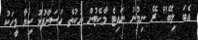
އެބަ ލިބޭ" ރޭ ނިމުނު ނައިޓް މާކެޓުން ނުކުތް ހަސަންފުޅު ކިޔާ މީހަކު